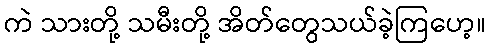
ကဲ သားတို့ သမီးတို့ အိတ်တွေသယ်ခဲ့ကြဟေ့။